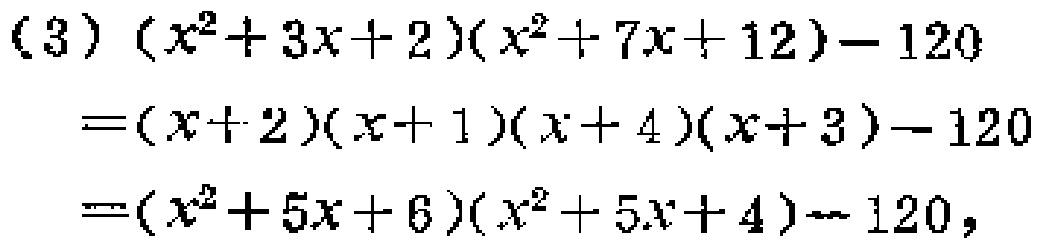
(3) \((x^{2}+3x + 2)(x^{2}+7x + 12)-120\)

\(=(x + 2)(x + 1)(x + 4)(x + 3)-120\)

\(=(x^{2}+5x + 6)(x^{2}+5x + 4)-120\)